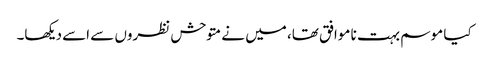
کیا موسم بہت نا موافق تھا، میں نے متوحش نظروں سے اسے دیکھا۔